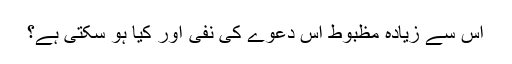
اس سے زیادہ مظبوط اس دعوے کی نفی اور کیا ہو سکتی ہے؟